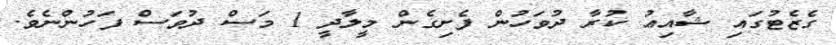
ގެޒެޓުގައި ޝާއިޢު ކުރާ ދުވަހުން ފެށިގެން މީލާދީ 1 މަސް ދުވަސް ފަހުންނެވެ.